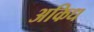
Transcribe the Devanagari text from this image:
अकिध